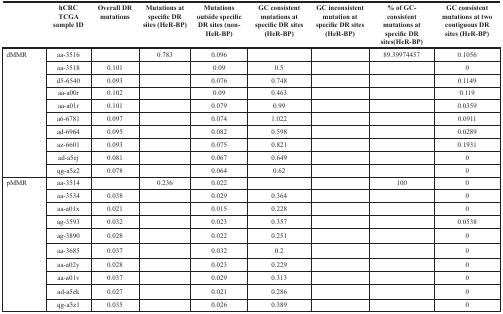
<table><thead><tr><td>[EMPTY_CELL]</td><td><b>hCRC TCGA sample ID</b></td><td><b>Overall DR mutations</b></td><td><b>Mutations at specific DR sites (HeR-BP)</b></td><td><b>Mutations outside specific DR sites (non-HeR-BP)</b></td><td><b>GC consistent mutations at specific DR sites (HeR-BP)</b></td><td><b>GC inconsistent mutation at specific DR sites (HeR-BP)</b></td><td><b>% of GC-consistent mutations at specific DR sites(HeR-BP)</b></td><td><b>GC consistent mutations at two contiguous DR sites (HeR-BP)</b></td></tr></thead><tbody><tr><td rowspan="10">dMMR</td><td>aa-3516</td><td>[EMPTY_CELL]</td><td>0.783</td><td>0.096</td><td>[EMPTY_CELL]</td><td>[EMPTY_CELL]</td><td>89.39974457</td><td>0.1056</td></tr><tr><td>aa-3518</td><td>0.101</td><td>[EMPTY_CELL]</td><td>0.09</td><td>0.5</td><td>[EMPTY_CELL]</td><td>[EMPTY_CELL]</td><td>0</td></tr><tr><td>d5-6540</td><td>0.093</td><td>[EMPTY_CELL]</td><td>0.076</td><td>0.748</td><td>[EMPTY_CELL]</td><td>[EMPTY_CELL]</td><td>0.1149</td></tr><tr><td>aa-a00r</td><td>0.102</td><td>[EMPTY_CELL]</td><td>0.09</td><td>0.463</td><td>[EMPTY_CELL]</td><td>[EMPTY_CELL]</td><td>0.119</td></tr><tr><td>aa-a01r</td><td>0.101</td><td>[EMPTY_CELL]</td><td>0.079</td><td>0.99</td><td>[EMPTY_CELL]</td><td>[EMPTY_CELL]</td><td>0.0359</td></tr><tr><td>a6-6781</td><td>0.097</td><td>[EMPTY_CELL]</td><td>0.074</td><td>1.022</td><td>[EMPTY_CELL]</td><td>[EMPTY_CELL]</td><td>0.0911</td></tr><tr><td>ad-6964</td><td>0.095</td><td>[EMPTY_CELL]</td><td>0.082</td><td>0.598</td><td>[EMPTY_CELL]</td><td>[EMPTY_CELL]</td><td>0.0289</td></tr><tr><td>az-6601</td><td>0.093</td><td>[EMPTY_CELL]</td><td>0.075</td><td>0.821</td><td>[EMPTY_CELL]</td><td>[EMPTY_CELL]</td><td>0.1931</td></tr><tr><td>ad-a5ej</td><td>0.081</td><td>[EMPTY_CELL]</td><td>0.067</td><td>0.649</td><td>[EMPTY_CELL]</td><td>[EMPTY_CELL]</td><td>0</td></tr><tr><td>qg-a5z2</td><td>0.078</td><td>[EMPTY_CELL]</td><td>0.064</td><td>0.62</td><td>[EMPTY_CELL]</td><td>[EMPTY_CELL]</td><td>0</td></tr><tr><td rowspan="10">pMMR</td><td>aa-3514</td><td>[EMPTY_CELL]</td><td>0.236</td><td>0.022</td><td>[EMPTY_CELL]</td><td>[EMPTY_CELL]</td><td>100</td><td>0</td></tr><tr><td>aa-3534</td><td>0.038</td><td>[EMPTY_CELL]</td><td>0.029</td><td>0.364</td><td>[EMPTY_CELL]</td><td>[EMPTY_CELL]</td><td>0</td></tr><tr><td>aa-a01x</td><td>0.021</td><td>[EMPTY_CELL]</td><td>0.015</td><td>0.228</td><td>[EMPTY_CELL]</td><td>[EMPTY_CELL]</td><td>0</td></tr><tr><td>ag-3593</td><td>0.032</td><td>[EMPTY_CELL]</td><td>0.023</td><td>0.357</td><td>[EMPTY_CELL]</td><td>[EMPTY_CELL]</td><td>0.0538</td></tr><tr><td>ag-3890</td><td>0.028</td><td>[EMPTY_CELL]</td><td>0.022</td><td>0.251</td><td>[EMPTY_CELL]</td><td>[EMPTY_CELL]</td><td>0</td></tr><tr><td>aa-3685</td><td>0.037</td><td>[EMPTY_CELL]</td><td>0.032</td><td>0.2</td><td>[EMPTY_CELL]</td><td>[EMPTY_CELL]</td><td>0</td></tr><tr><td>aa-a02y</td><td>0.028</td><td>[EMPTY_CELL]</td><td>0.023</td><td>0.229</td><td>[EMPTY_CELL]</td><td>[EMPTY_CELL]</td><td>0</td></tr><tr><td>aa-a01v</td><td>0.037</td><td>[EMPTY_CELL]</td><td>0.029</td><td>0.313</td><td>[EMPTY_CELL]</td><td>[EMPTY_CELL]</td><td>0</td></tr><tr><td>ad-a5ek</td><td>0.027</td><td>[EMPTY_CELL]</td><td>0.021</td><td>0.286</td><td>[EMPTY_CELL]</td><td>[EMPTY_CELL]</td><td>0</td></tr><tr><td>qg-a5z1</td><td>0.035</td><td>[EMPTY_CELL]</td><td>0.026</td><td>0.389</td><td>[EMPTY_CELL]</td><td>[EMPTY_CELL]</td><td>0</td></tr></tbody></table>